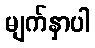
မျက်နှာပါ